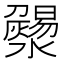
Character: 𤃄